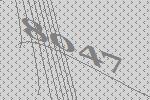
8047